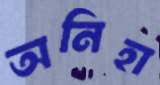
অনিহা